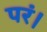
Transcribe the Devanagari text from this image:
परं।